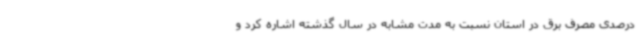
درصدی مصرف برق در استان نسبت به مدت مشابه در سال گذشته اشاره کرد و